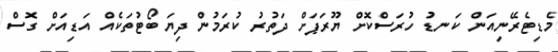
މެޑިޓެރޭނިއަން ކަނޑު ހުރަސްކޮށް ޔޫރަޕަށް ދަތުރު ކުރަމުން ދިޔަ ބޯޓުތަކެއް އަޑިއަށް ގޮސް